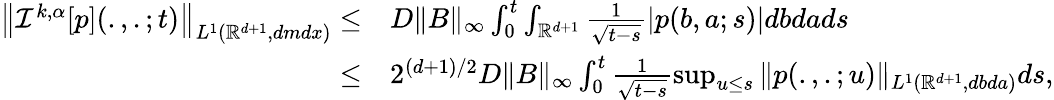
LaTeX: \begin{array}{rl}{\left\| {\mathcal I}^{k,\alpha}[p](.,.;t)\right\| _{L^{1}({\mathbb R}^{d+1},dmdx)}\leq}&{D\| B\| _{\infty}\int_{0}^{t}\int_{{\mathbb R}^{d+1}}\frac{1}{\sqrt{t-s}}|p(b,a;s)|{db}dads}\\ {\leq}&{2^{(d+1)/2}D\| B\| _{\infty}\int_{0}^{t}\frac{1}{\sqrt{t-s}}\operatorname*{sup}_{u\leq s}\| p(.,.;u)\| _{L^{1}(\mathbb{R}^{d+1},dbda)}ds,}\end{array}